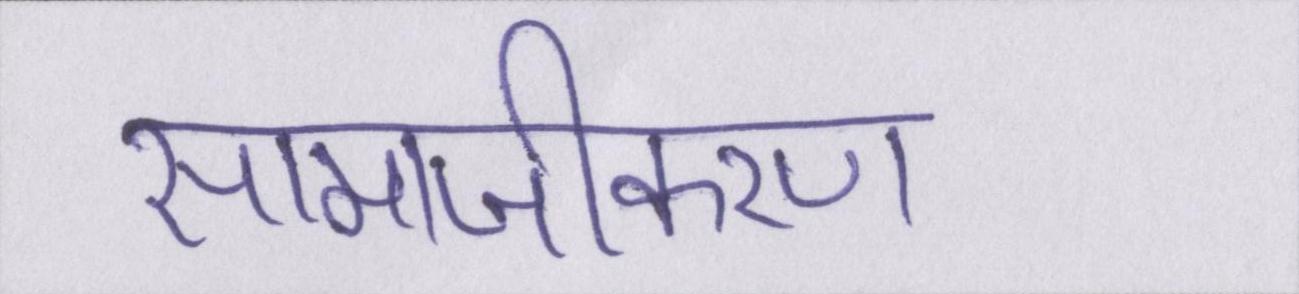
सामाजीकरण